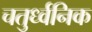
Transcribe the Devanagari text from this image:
चतुर्ध्वनिक